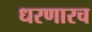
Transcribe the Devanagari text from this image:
धरणारच